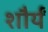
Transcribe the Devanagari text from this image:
शौर्यं